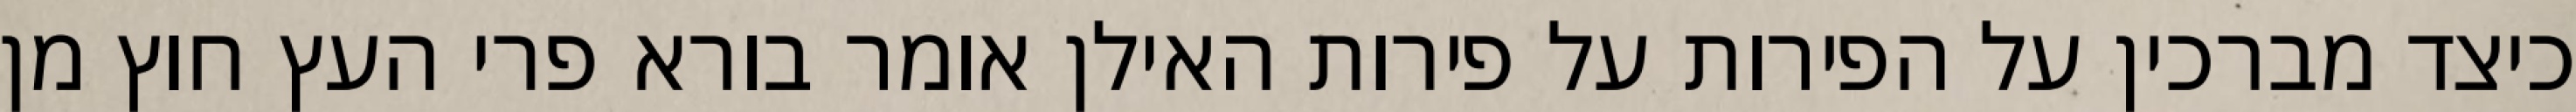
כיצד מברכין על הפירות על פירות האילן אומר בורא פרי העץ חוץ מן